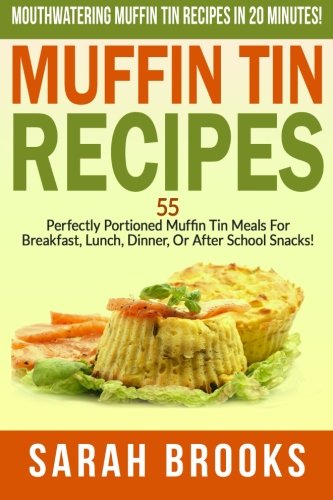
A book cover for Muffin Tin Recipes - Sarah Brooks: Mouthwatering Muffin Tin Recipes In 20 Minutes! 55 Perfectly Portioned Muffin Tin Meals For Breakfast, Lunch, Dinner, Or After School Snacks!; Sarah Brooks; Cookbooks, Food & Wine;